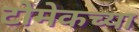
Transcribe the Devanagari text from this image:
टोमेकच्या